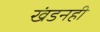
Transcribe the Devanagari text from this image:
खंडनही